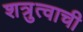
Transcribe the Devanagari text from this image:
शत्रुत्वाची